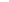
1.(2018·广州模拟)综合性学习。假设你是某校读书活动的参与者，请完成以下问题。(1)在读书动员会上，你作为主持人号召大家读书，请写-段开场白(40字以上)。答：_________________(2)活动中，同学们交流了很多读书心得。下面是赵红的阅读感受，请在备选的答案中，选择恰当的选项填到括号里。只有广博的阅读，才能上溯远古，下及未来，多识草木虫鱼之名，遍览奇山秀水之貌，获得丰富的知识和自身以外的经历。我从《论语》中学得()，从《史记》中学得()，从《正气歌》中学得()，从鲁迅身上学得()，从马克思主义学得战斗的激情，从列夫。托尔斯泰学得道德追求的执着。A.批判的精神B.坚贞的气节C.智慧的思考D.严肃的历史精神(3)活动中，同学们对应该读什么书各抒己见，形成了下列三种观点。你更认同哪一种?请以一本相应的书为例，结合所认同的观点，说明你的看法。(50字以内)A.读经典的书，就开阔了精神的视野。B.读流行的书，就走在了时代的前列。C.读实用的书，就架设了生活的桥梁。答：________